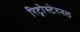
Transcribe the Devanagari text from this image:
रिट्रोस्टेरनल